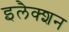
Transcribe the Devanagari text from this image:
इलैक्शन